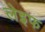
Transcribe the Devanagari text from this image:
लेइफ